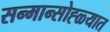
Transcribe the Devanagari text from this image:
सन्मान्सोह्ळ्यात